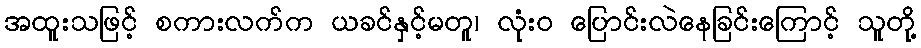
အထူးသဖြင့် စကားလက်က ယခင်နှင့်မတူ၊ လုံးဝ ပြောင်းလဲနေခြင်းကြောင့် သူတို့